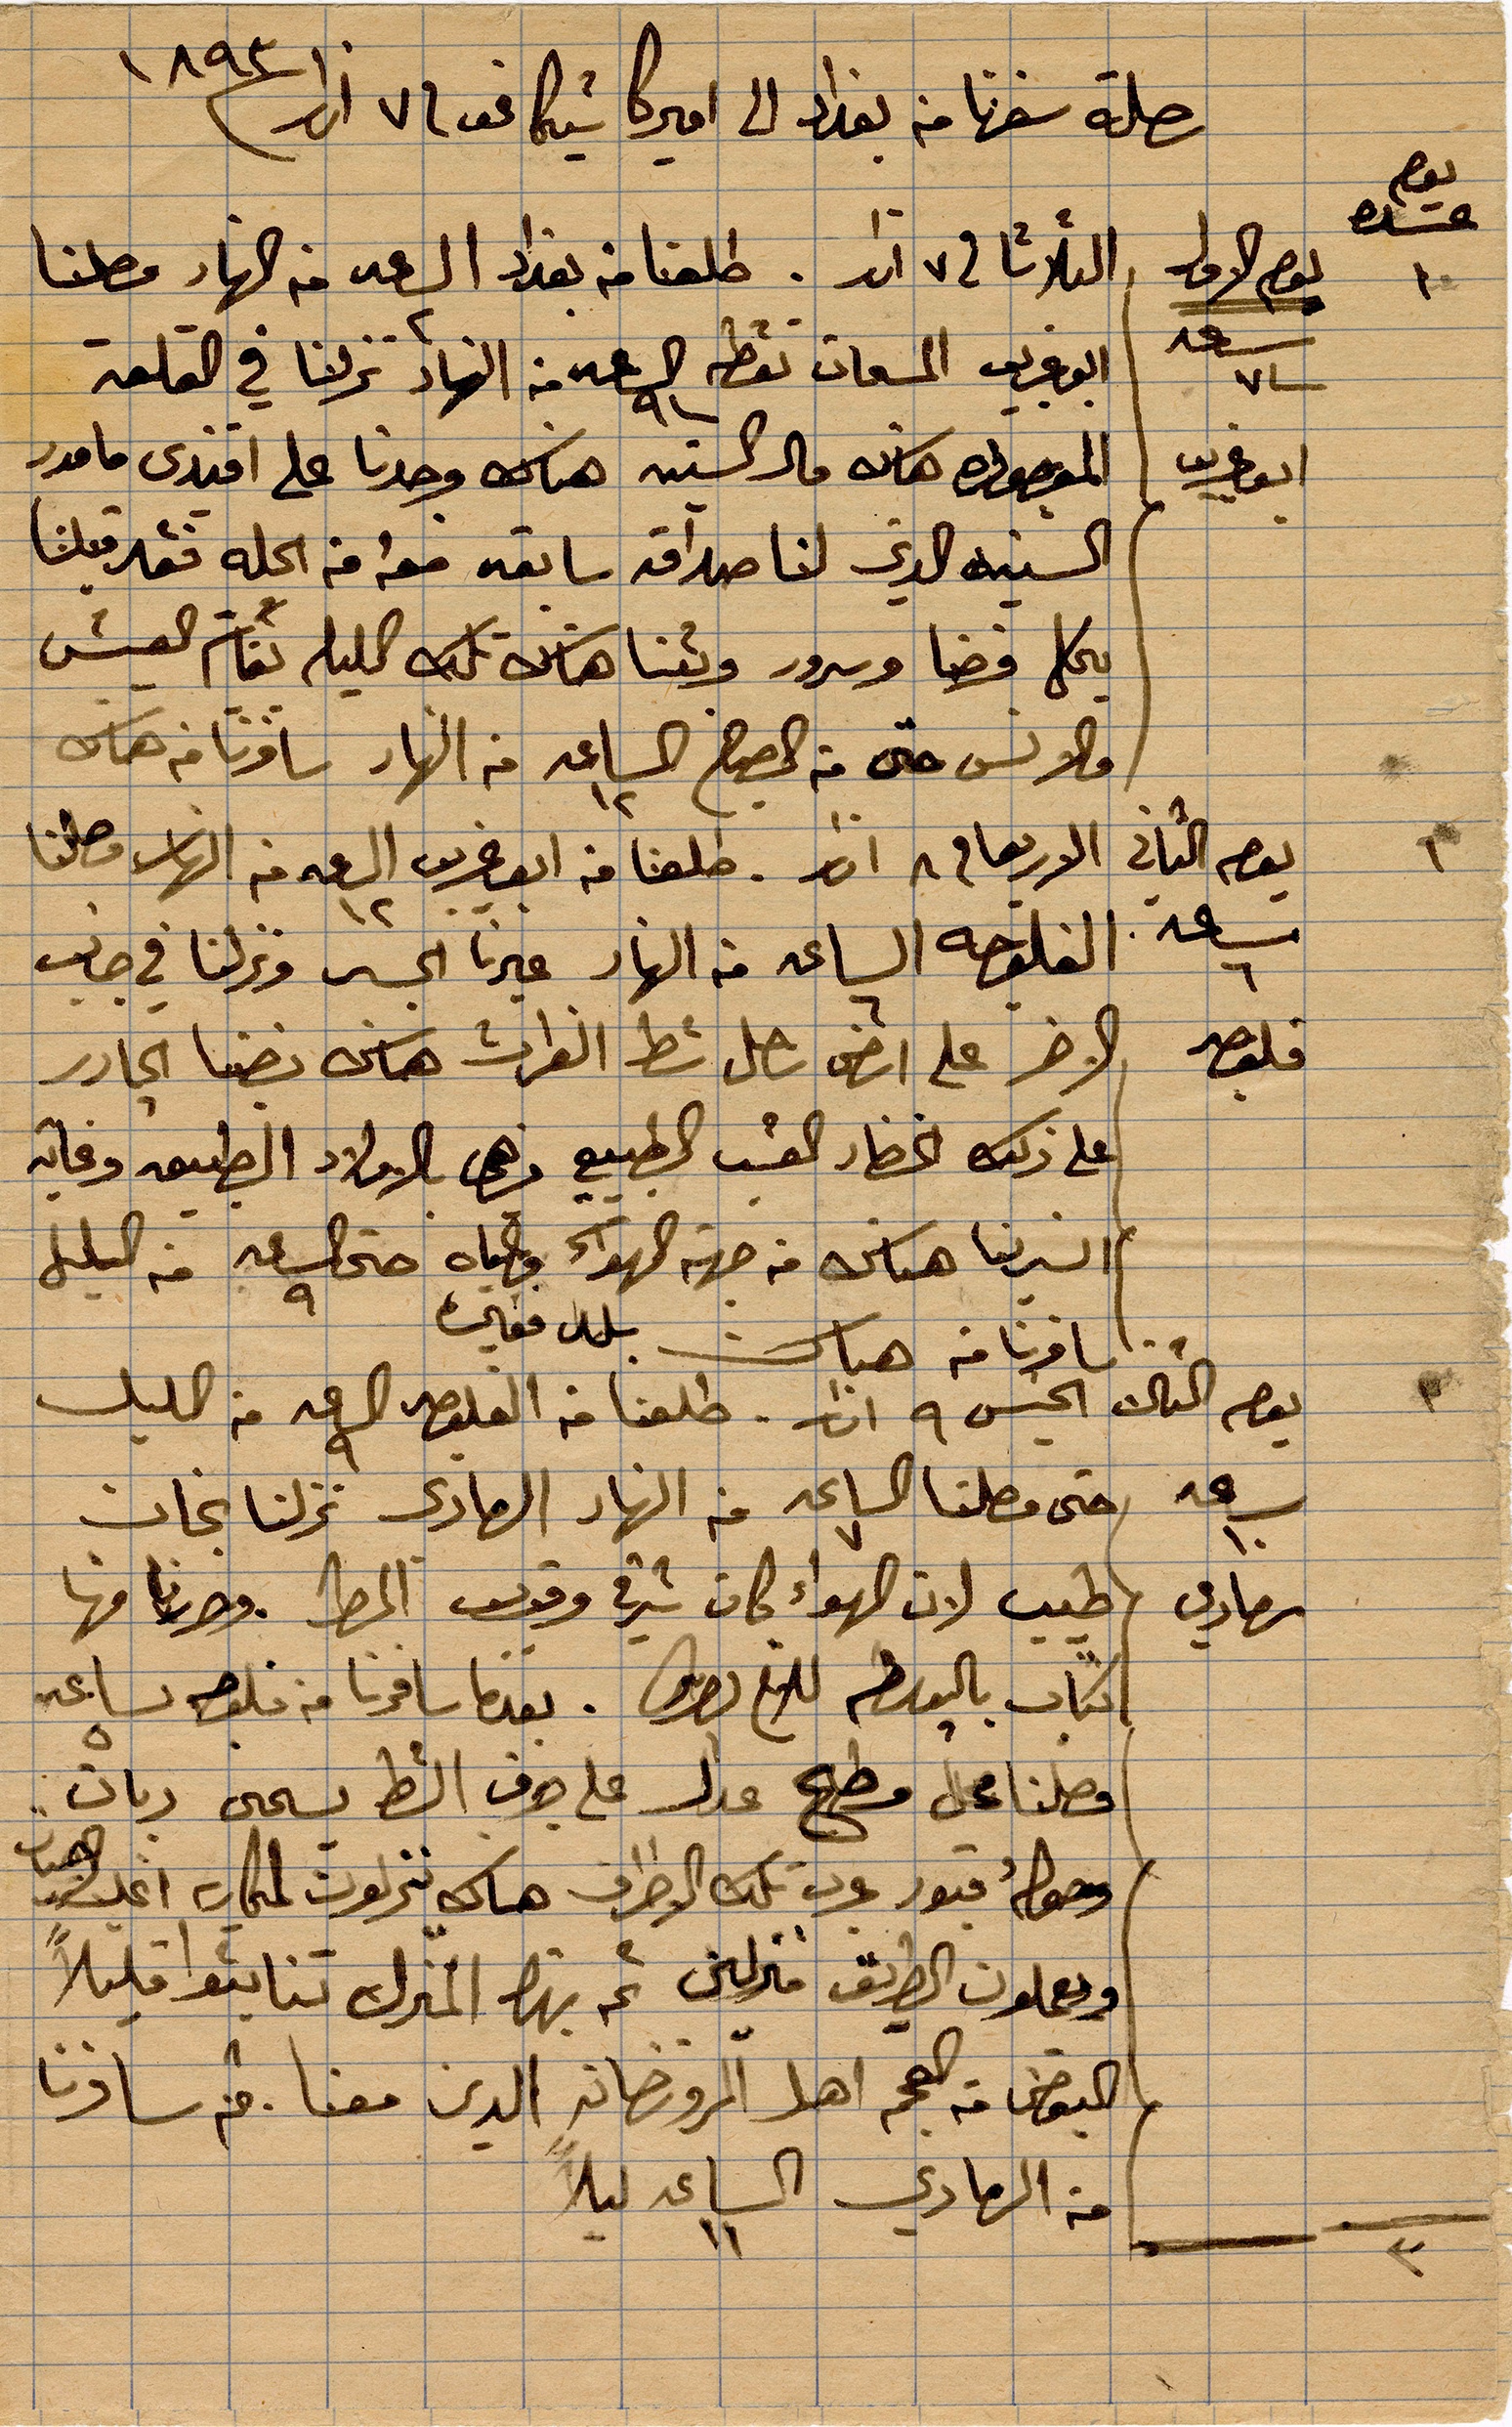
رحلة سفرنا من بغداد الي اميركا شيكاغو في ٧ اذار ١٨٩٣
الثلاثا في ٧ اذار. طلعنا من بغداد الساعة ٢ من النهار وصلنا
البوغريب المسحات نقطة الساعة ٩ من النهار نزلنا في القلعة
المنصورة هذه ...هناك وحدنا على افندي مامور
السنية الذي لنا صداقة سائقه معه من اكله فقد النا
يحكي فرضًا وسرور وبتنا هناك كل الليل نعام العيش
والانس حتى في الصبح الساعة ١٢ من النهار سافرنا من هناك
يوم الثاني الاربعا في ٨ آذار. طلعنا من البوغريب ... وصلنا
ساعة ٦ الفلوجة الساعة ٦ من النهار غير الجسر ونزلنا في جانب
...على ارض يصل شط الفرات هناك بضنا الجادر
على ذلك الخضار العشب الطبيعي هذه البلاد الطبيعة وغايته
انزلنا هناك من جهة الهواء ومياه حتى الساعة ٨ من الليلة
سافرنا من هناك بلد فقير
يوم الخميس ٩ اذار طلعنا من القلعة الساعة ٨ من الليل
حتى وصلنا الساعة ٧ من النهار الحادي نزلنا نجان
طيب لان الهواء كان شرقي وقوس المطر وصرنا فيها
كتاب بالوسطة .... بعدها سافرنا من فلوجة الساعة ٨
فوصلنا مجل وطح عدل على جرف الشط ...
... قبور عرب تلك الأطراف هناك ينزلون ...
ويعملون الطريق منزلين ... المنزل ليناموا قليلًا
البعض من .. اهل ... الين معنا. ثم سافرنا
في الحادي الساعة ١١ ليلًا